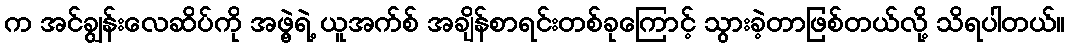
က အင်ချွန်းလေဆိပ်ကို အဖွဲ့ရဲ့ ယူအက်စ် အချိန်စာရင်းတစ်ခုကြောင့် သွားခဲ့တာဖြစ်တယ်လို့ သိရပါတယ်။